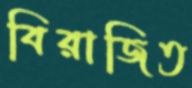
বিরাজিত